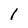
Character: I